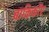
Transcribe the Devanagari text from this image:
बाकिर्कॉर